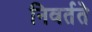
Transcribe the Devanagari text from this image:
निवर्तते